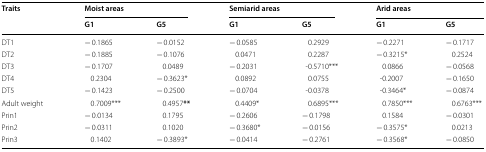
<table><thead><tr><td rowspan="2"><b>Traits</b></td><td colspan="2"><b>Moist areas</b></td><td colspan="2"><b>Semiarid areas</b></td><td colspan="2"><b>Arid areas</b></td></tr><tr><td><b>G1</b></td><td><b>G5</b></td><td><b>G1</b></td><td><b>G5</b></td><td><b>G1</b></td><td><b>G5</b></td></tr></thead><tbody><tr><td>DT1</td><td>− 0.1865</td><td>− 0.0152</td><td>− 0.0585</td><td>0.2929</td><td>− 0.2271</td><td>− 0.1717</td></tr><tr><td>DT2</td><td>− 0.1885</td><td>− 0.1076</td><td>0.0471</td><td>0.2287</td><td>− 0.3215*</td><td>0.2524</td></tr><tr><td>DT3</td><td>− 0.1707</td><td>0.0489</td><td>− 0.2031</td><td>-0.5710***</td><td>0.0866</td><td>− 0.0568</td></tr><tr><td>DT4</td><td>0.2304</td><td>− 0.3623*</td><td>0.0892</td><td>0.0755</td><td>-0.2007</td><td>− 0.1650</td></tr><tr><td>DT5</td><td>− 0.1423</td><td>− 0.2500</td><td>− 0.0704</td><td>-0.0378</td><td>-0.3464*</td><td>− 0.0874</td></tr><tr><td>Adult weight</td><td>0.7009***</td><td>0.4957<b>**</b></td><td>0.4409*</td><td>0.6895***</td><td>0.7850***</td><td>0.6763***</td></tr><tr><td>Prin1</td><td>− 0.0134</td><td>0.1795</td><td>− 0.2606</td><td>− 0.1798</td><td>0.1584</td><td>− 0.0301</td></tr><tr><td>Prin2</td><td>− 0.0311</td><td>0.1020</td><td>− 0.3680*</td><td>− 0.0156</td><td>− 0.3575*</td><td>0.0213</td></tr><tr><td>Prin3</td><td>0.1402</td><td>− 0.3893*</td><td>− 0.0414</td><td>− 0.2761</td><td>− 0.3568*</td><td>− 0.0850</td></tr></tbody></table>